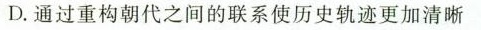
D.通过重构朝代之间的联系使历史轨迹更加清晰